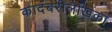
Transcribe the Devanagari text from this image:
कादंबरीलेखिका